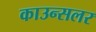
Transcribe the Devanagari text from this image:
काउन्सलर